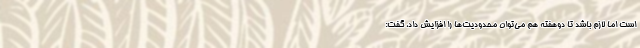
است اما لازم باشد تا دوهفته هم می‌توان محدودیت‌ها را افزایش داد، گفت: